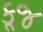
કૂજ